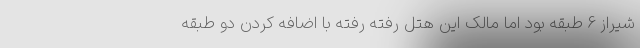
شیراز 6 طبقه بود اما مالک این هتل رفته رفته با اضافه کردن دو طبقه